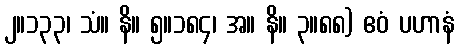
၂။၁၃၃၊ သံ။ နိ။ ၅။၁၈၄၊ အ။ နိ။ ၃။၈၈) ဧဝံ ပဟာနံ